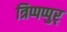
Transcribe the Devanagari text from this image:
त्रिप्पप्पुर्